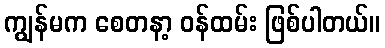
ကျွန်မက စေတနာ့ ဝန်ထမ်း ဖြစ်ပါတယ်။